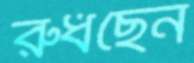
রুধছেন